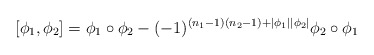
\begin{align*}[\phi_1,\phi_2] = \phi_1\circ\phi_2 -(-1)^{(n_1-1)(n_2-1)+|\phi_1||\phi_2|}\phi_2\circ\phi_1\end{align*}